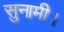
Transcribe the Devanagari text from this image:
सुनामी।